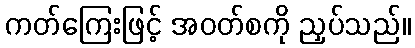
ကတ်ကြေးဖြင့် အဝတ်စကို ညှပ်သည်။